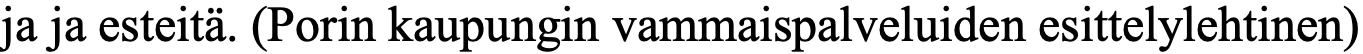
ja ja esteitä. (Porin kaupungin vammaispalveluiden esittelylehtinen)